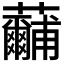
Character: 𮓕